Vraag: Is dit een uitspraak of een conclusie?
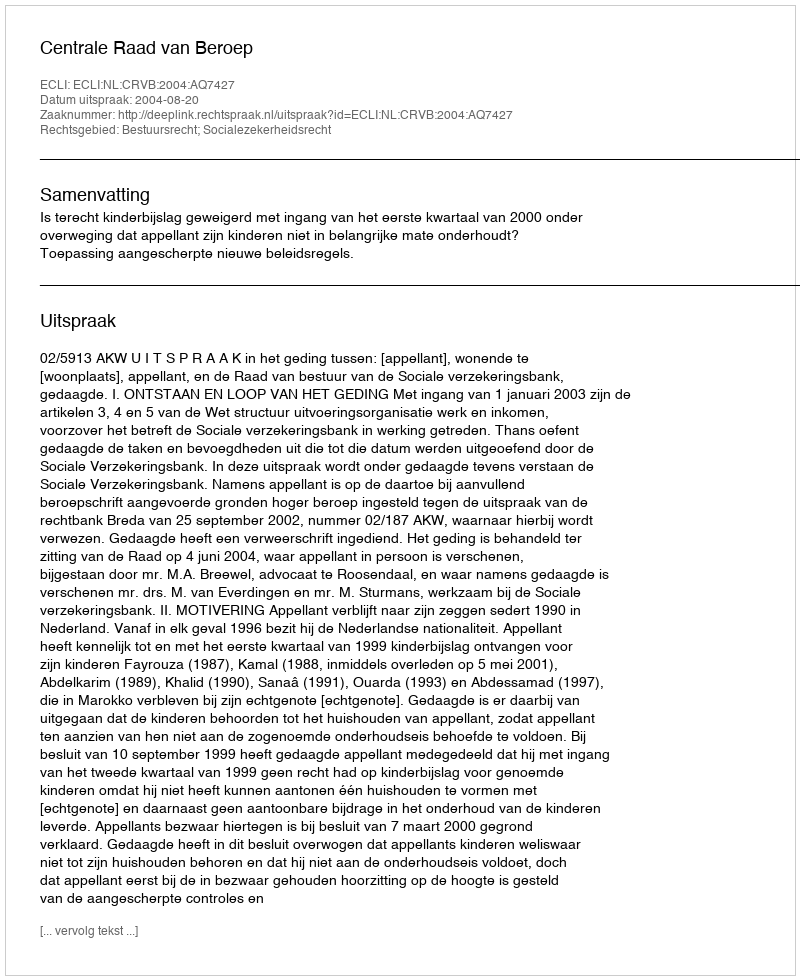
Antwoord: Uitspraak